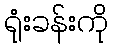
ရုံးခန်းကို